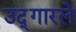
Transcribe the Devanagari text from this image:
उद्‍गारले